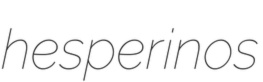
hesperinos